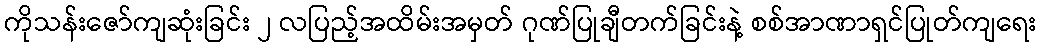
ကိုသန်းဇော်ကျဆုံးခြင်း ၂ လပြည့်အထိမ်းအမှတ် ဂုဏ်ပြုချီတက်ခြင်းနဲ့ စစ်အာဏာရှင်ပြုတ်ကျရေး